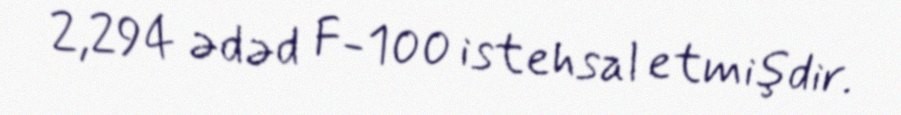
2,294 ədəd F-100 istehsal etmişdir.